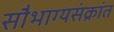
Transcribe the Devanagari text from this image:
सौभाग्यसंक्रांत